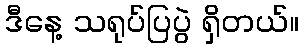
ဒီနေ့ သရုပ်ပြပွဲ ရှိတယ်။